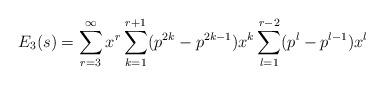
LaTeX: \begin{align*}E_3(s) = \sum_{r=3}^{\infty}x^r \sum_{k=1}^{r+1} (p^{2k}-p^{2k-1})x^k \sum_{l=1}^{r-2} (p^l - p^{l-1})x^l\end{align*}